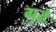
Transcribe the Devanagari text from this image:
गुढे